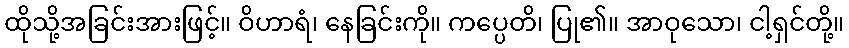
ထိုသို့အခြင်းအားဖြင့်။ ဝိဟာရံ၊ နေခြင်းကို။ ကပ္ပေတိ၊ ပြု၏။ အာဝုသော၊ ငါ့ရှင်တို့။